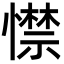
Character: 㦗